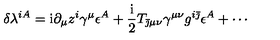
\delta \lambda ^ { i A } = \mathrm { i } \partial _ { \mu } z ^ { i } \gamma ^ { \mu } \epsilon ^ { A } + { \frac { \mathrm { i } } { 2 } } T _ { \bar { \jmath } \mu \nu } \gamma ^ { \mu \nu } g ^ { i \bar { \jmath } } \epsilon ^ { A } + \cdots